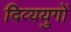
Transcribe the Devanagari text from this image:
दिव्ययुगों